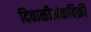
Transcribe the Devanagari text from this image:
दिवाळीअंकविक्री